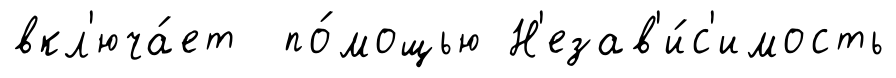
вкл'юча́ет по́мощью Н'езав'и́с'имость